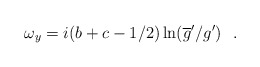
\begin{align*}\omega_y = i(b+c-1/2)\ln(\overline{g}'/g')~~.\end{align*}